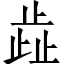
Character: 歮